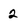
Character: 2